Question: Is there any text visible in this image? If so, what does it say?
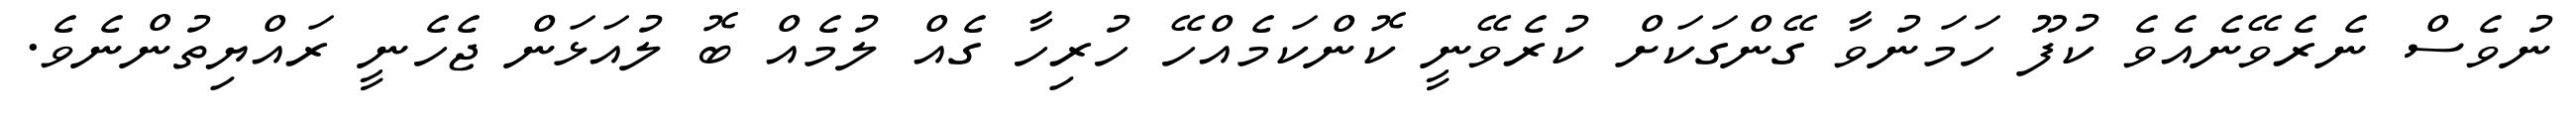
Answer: ނުވެސް ނެރެވޭނެއެވެ ކުފޫ ހަމަނުވާ ގޭންގަކަށް ކުރެވޭނީ ކޮންކަމެއްހޭ ހުރިހާ ގެއް ލުމެއް ބޮ ލުއަޅަން ޖެހެނީ ރައްޔިތުންނެވެ.